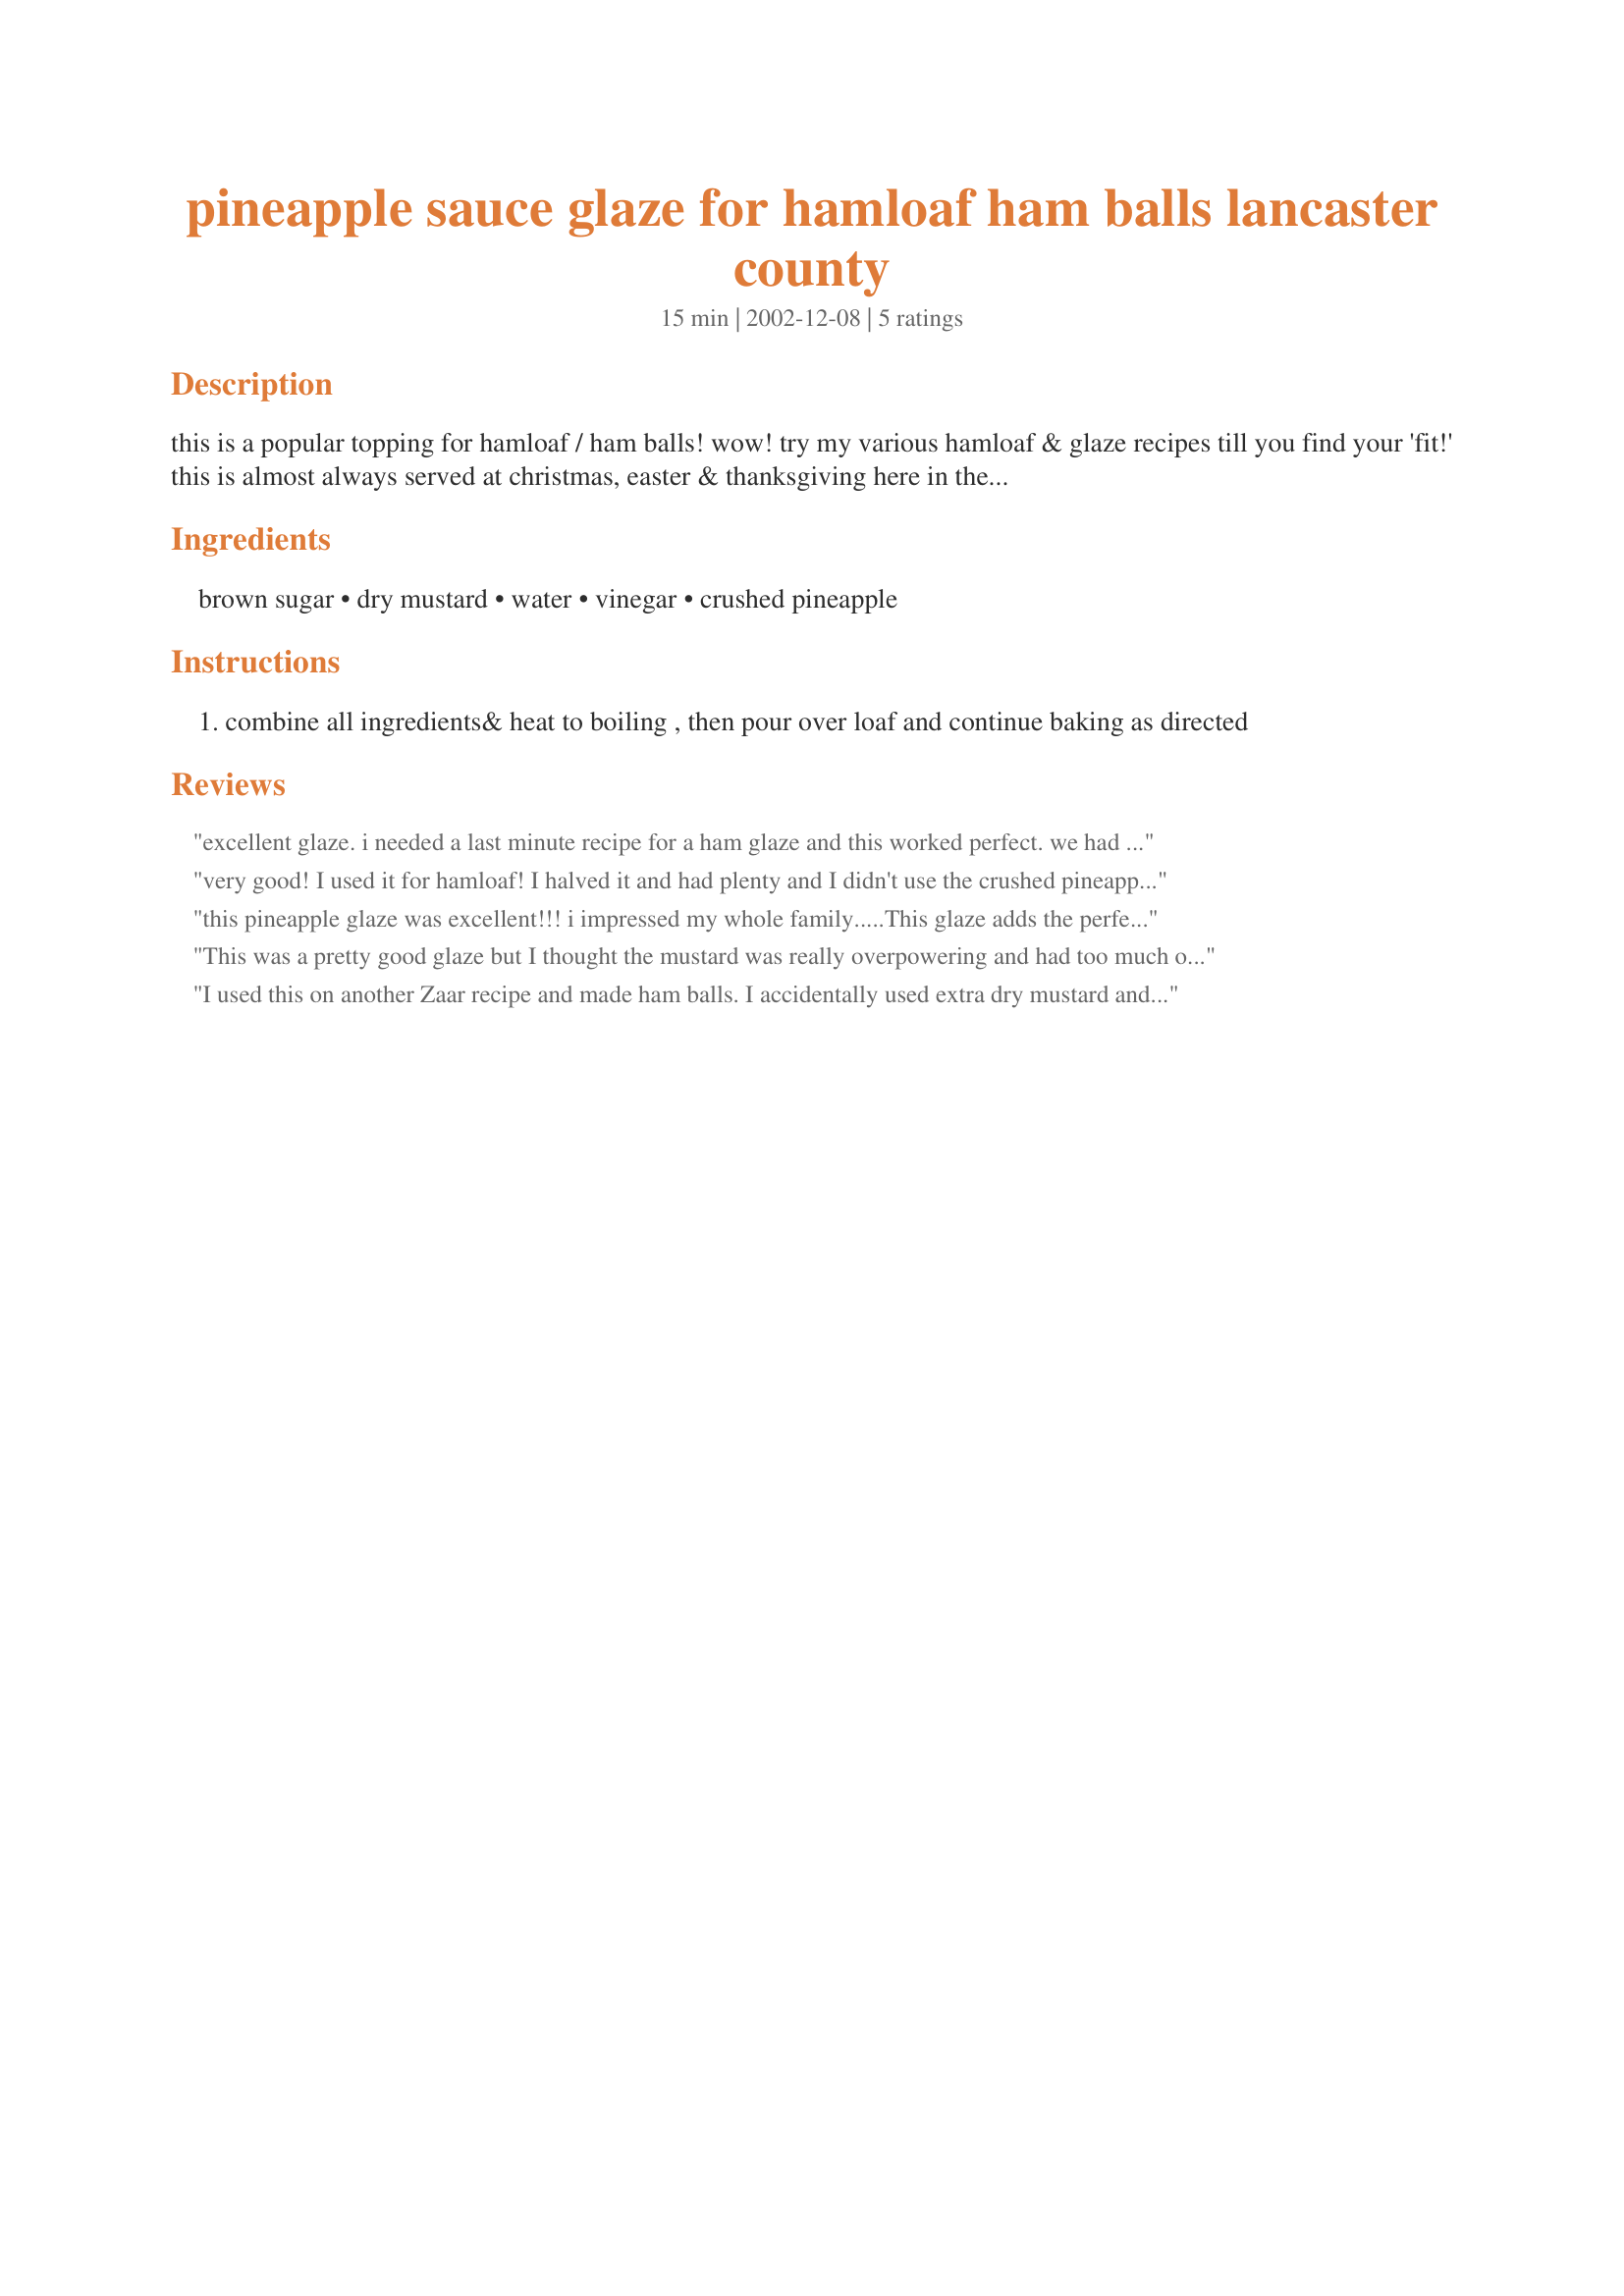
pineapple sauce glaze for hamloaf ham balls lancaster county
Preparation time: 15 minutes

this is a popular topping for hamloaf / ham balls! wow! try my various hamloaf & glaze recipes till you find your 'fit!' this is almost always served at christmas, easter & thanksgiving here in the heart of lancaster county! enjoy! 1 loaf - enough sauce for 1 loaf or 1 batch of ham balls

Ingredients:
brown sugar, dry mustard, water, vinegar, crushed pineapple

Steps:
combine all ingredients& heat to boiling , then pour over loaf and continue baking as directed

Reviews:
excellent glaze. i needed a last minute recipe for a ham glaze and this worked perfect. we had everything in the house already and the entire family thought it was delicious. thanks for the post.
very good! I used it for hamloaf! I halved it and had plenty and I didn't use the crushed pineapple, but used pineapple juice. I halved the water and just added the juice to equal 3/4 cup. I was dissappointed that it didn't have more flavor, but overall it was good!
this pineapple glaze was excellent!!! i impressed my whole family.....This glaze adds the perfect tough to baked ham..I recommend this recipie to everyone..My compliments to the chef!
This was a pretty good glaze but I thought the mustard was really overpowering and had too much of a bite to it. I added a little bit more of the other ingredients and it was great! I used it on your Lancaster County ham loaf recipe and it tasted just like my husband's grandma's recipe. Thank you for posting!
I used this on another Zaar recipe and made ham balls. I accidentally used extra dry mustard and used red wine vinegar. Everyone loved them. Will make again!
